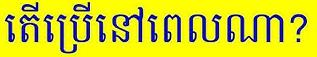
តើប្រើនៅពេលណា?